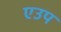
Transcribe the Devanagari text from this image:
एउप